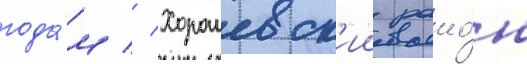
года́м // Хорошевск'ии раио́н